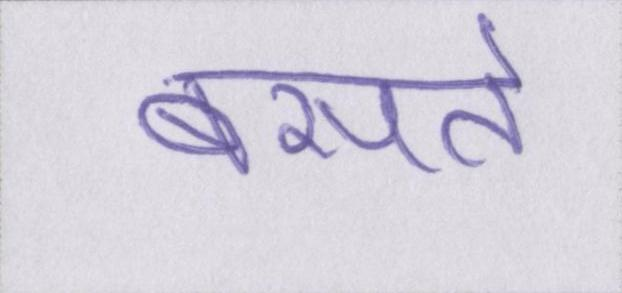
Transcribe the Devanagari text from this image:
बसते